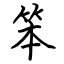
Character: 笨